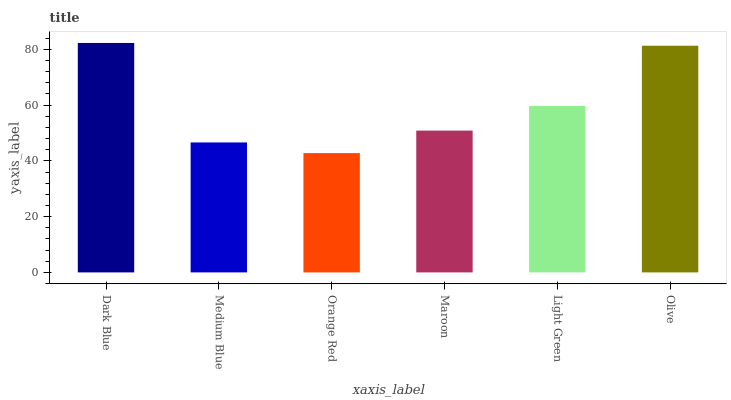
| xaxis_label | bars |
 | --- | --- |
 | Dark Blue | 82.3 |
 | Medium Blue | 46.6 |
 | Orange Red | 42.8 |
 | Maroon | 50.9 |
 | Light Green | 59.7 |
 | Olive | 81.3 |